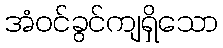
အံဝင်ခွင်ကျရှိသော